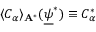
\langle C _ { \alpha } \rangle _ { \mathbf { A } ^ { * } } ( \underline { { \psi } } ^ { * } ) \equiv C _ { \alpha } ^ { * }